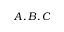
A , B , C